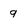
Character: 9